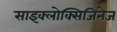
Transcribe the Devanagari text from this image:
साइक्लोक्सिजिनेज